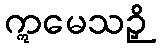
ဣမေသဉှိ